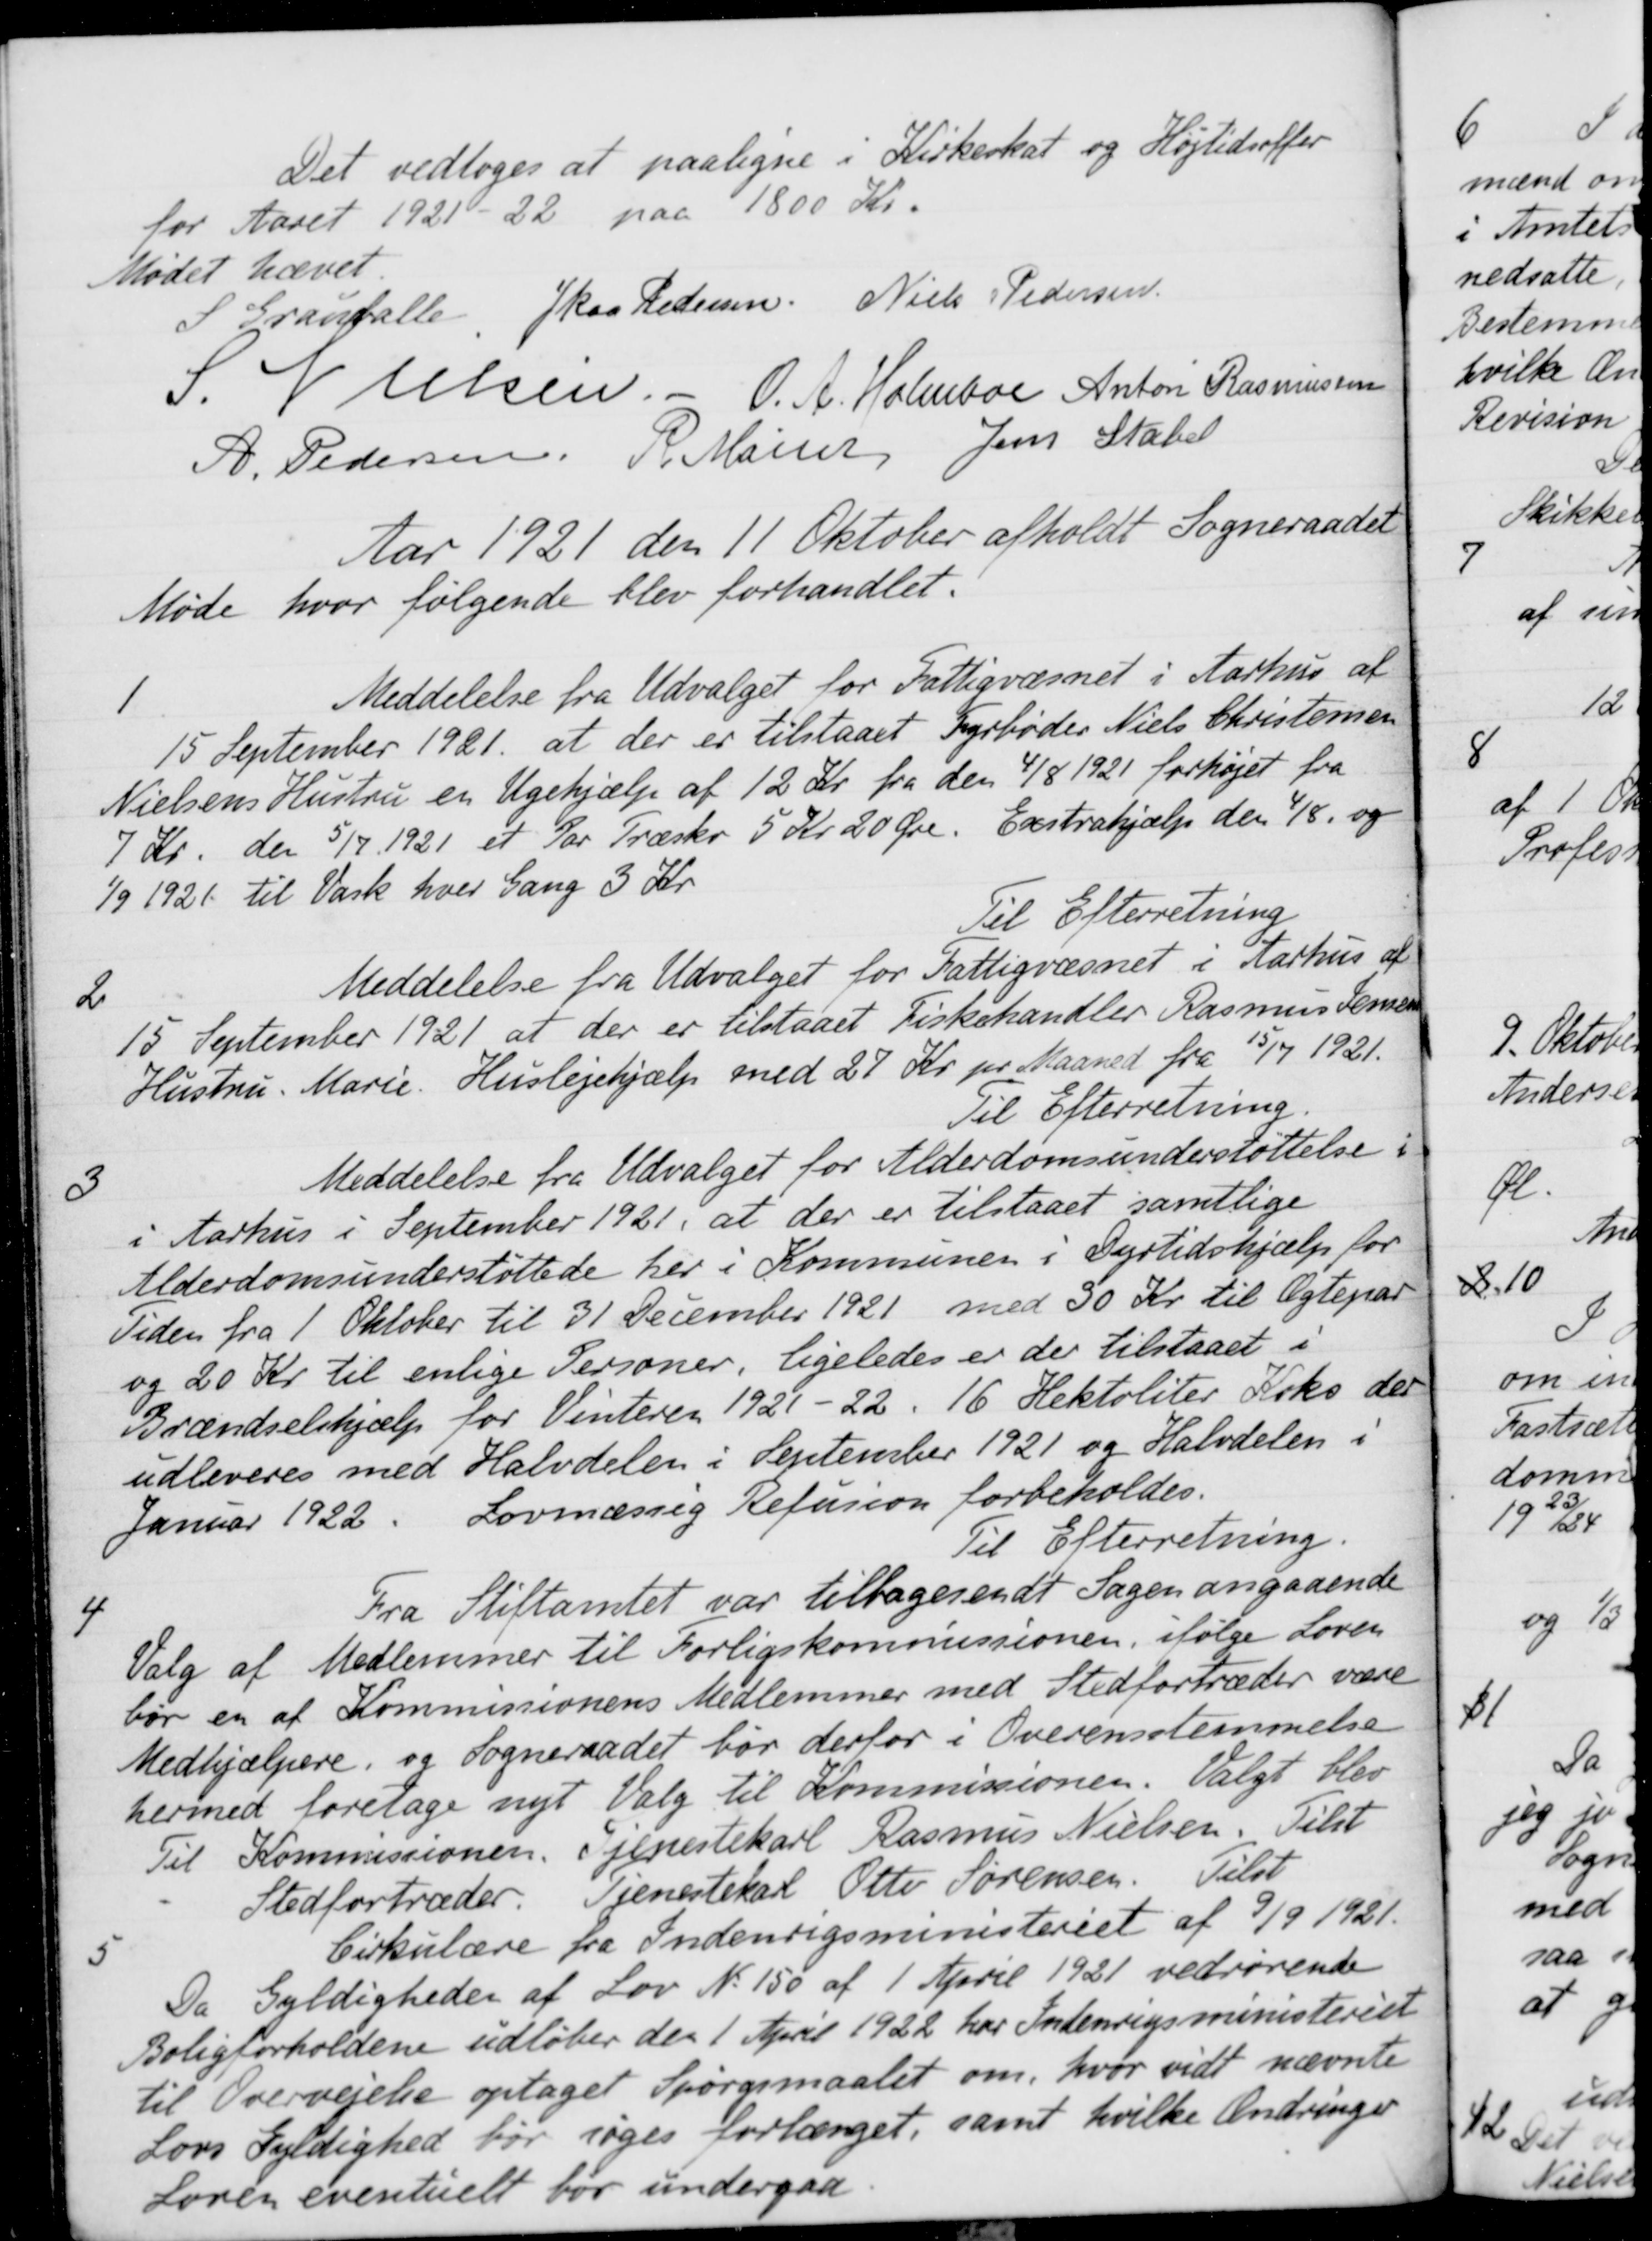
Transskription:
Det vedtoges at paaligne i Kirkeskat og Højtidsoffer
for Aaret 1921-22 paa 1800 Kr.
Mødet hævet
S Grauballe,
J Kaa Pedersen
Niels Pedersen
S. Nielsen.
O. A. Holmboe
Anton Rasmussen
A. Pedersen,
P. Mainz
Jens Stabel
Aar 1921 den 11 Oktober afholdt Sogneraadet
Møde hvor følgende blev forhandlet.
1
Meddelelse fra Udvalget for Fattigvæsnet i Aarhus af
15 September 1921 at der er tilstaaet Fyrbøder Niels Christensen
Nielsens Hustru en Ugehjælp af 12 Kr. fra den 4/8 1921 forhøjet fra
7 Kr. den 5/7 1921 et Par Træske 5 Kr 20 Øre. Exstrahjælp den 4/8 og
1/9 1921 til Vask hver Gang 3 Kr.
Til Efterretning
2
Meddelelse fra Udvalget for Fattigvæsnet i Aarhus af
15 September 1921 at der er tilstaaet Fiskehandler Rasmus Jensen
Hustru. Marie. Huslejehjælp med 27 Kr. pr. Maaned fra 15/7 1921.
Til Efterretning
3
Meddelelse fra Udvalget for Alderdomsunderstøttelse i
i Aarhus i September 1921, at der er tilstaaet samtlige
Alderdomsunderstøttede her i Kommunen i Dyrtidshjælp for
Tiden fra 1 Oktober til 31 December 1921 med 30 Kr. til Ægtepar
og 20 Kr til enlige Personer, ligeledes er der tilstaaet i
Brændselshjælp for Vinteren 1921-22. 16 Hektoliter Koks der
udleveres med Halvdelen i September 1921 og Halvdelen i
Januar 1922. Lovmæssig Refusion forbeholdes.
Til Efterretning.
4
Fra Stiftamtet var tilbagesendt Sagen angaaende
Valg af Medlemmer til Forligskommissionen, ifølge Loven
bør en af Kommissionens Medlemmer med Stedfortræder være
Medhjælpere, og Sogneraadet bør derfor i Overensstemmelse
hermed foretage nyt Valg til Kommissionen. Valgt blev
Til Kommissionen. Tjenestekarl Rasmus Nielsen. Tilst
Stedfortræder. Tjenestekarl Otto Sørensen. Tilst
5
Cirkulære fra Indenrigsministeriet af 9/9 1921.
Da Gyldigheder af Lov N. 150 af 1 April 1921 vedrørende
Boligforholdene udløber den 1 April 1922 har Indenrigsministeriet
til Overvejene optaget Spørgsmaalet om, hvor vidt nævnte
Lovs Gyldighed bør søges forlænget, samt hvilke Ændringer
Loven eventuelt bør undergaa